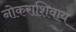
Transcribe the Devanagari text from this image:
नोकराशिवाय